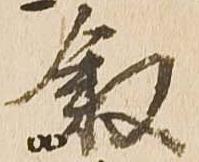
叙